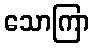
သောကြာ